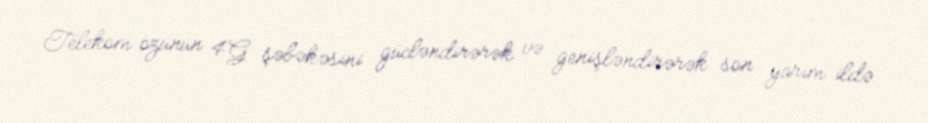
Telekom özünün 4G şəbəkəsini gücləndirərək və genişləndirərək son yarım ildə